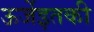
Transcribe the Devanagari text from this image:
ऊर्जेइतकी